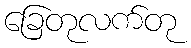
ခြေတုလက်တု